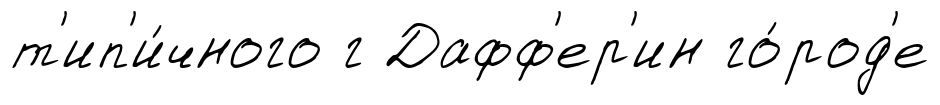
т'ип'и́чного г Дафф'ер'ин го́род'е